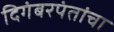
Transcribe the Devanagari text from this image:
दिगंबरपंतांचा